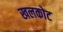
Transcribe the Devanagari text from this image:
खलकोट